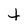
Character: t